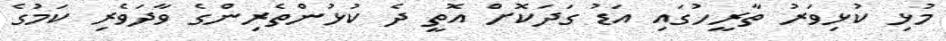
މުޅި ކުޅިވަރު ތާރީހުގައި އަޑު ގަދަކޮށް އޮތީ ދެ ކުޅުންތެރިންގެ ވާދަވެރި ކަމުގެ